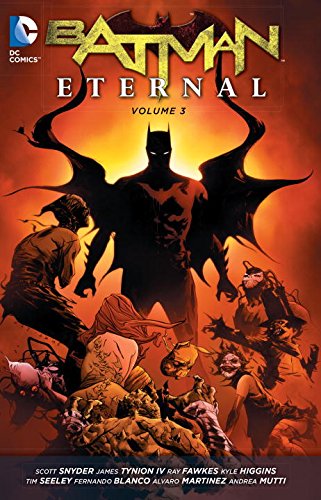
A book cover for Batman Eternal Vol. 3 (The New 52); Scott Snyder; Comics & Graphic Novels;